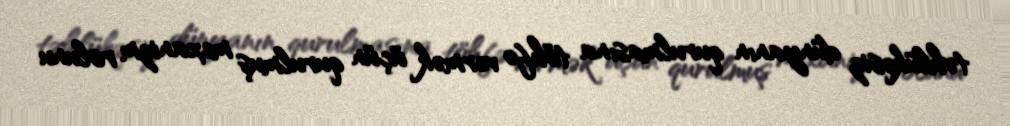
təhlükəsiz dünyanın qurulmasına töhfə vermək üçün qurulmuş mexanizm rolunu